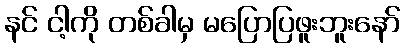
နင် ငါ့ကို တစ်ခါမှ မပြောပြဖူးဘူးနော်